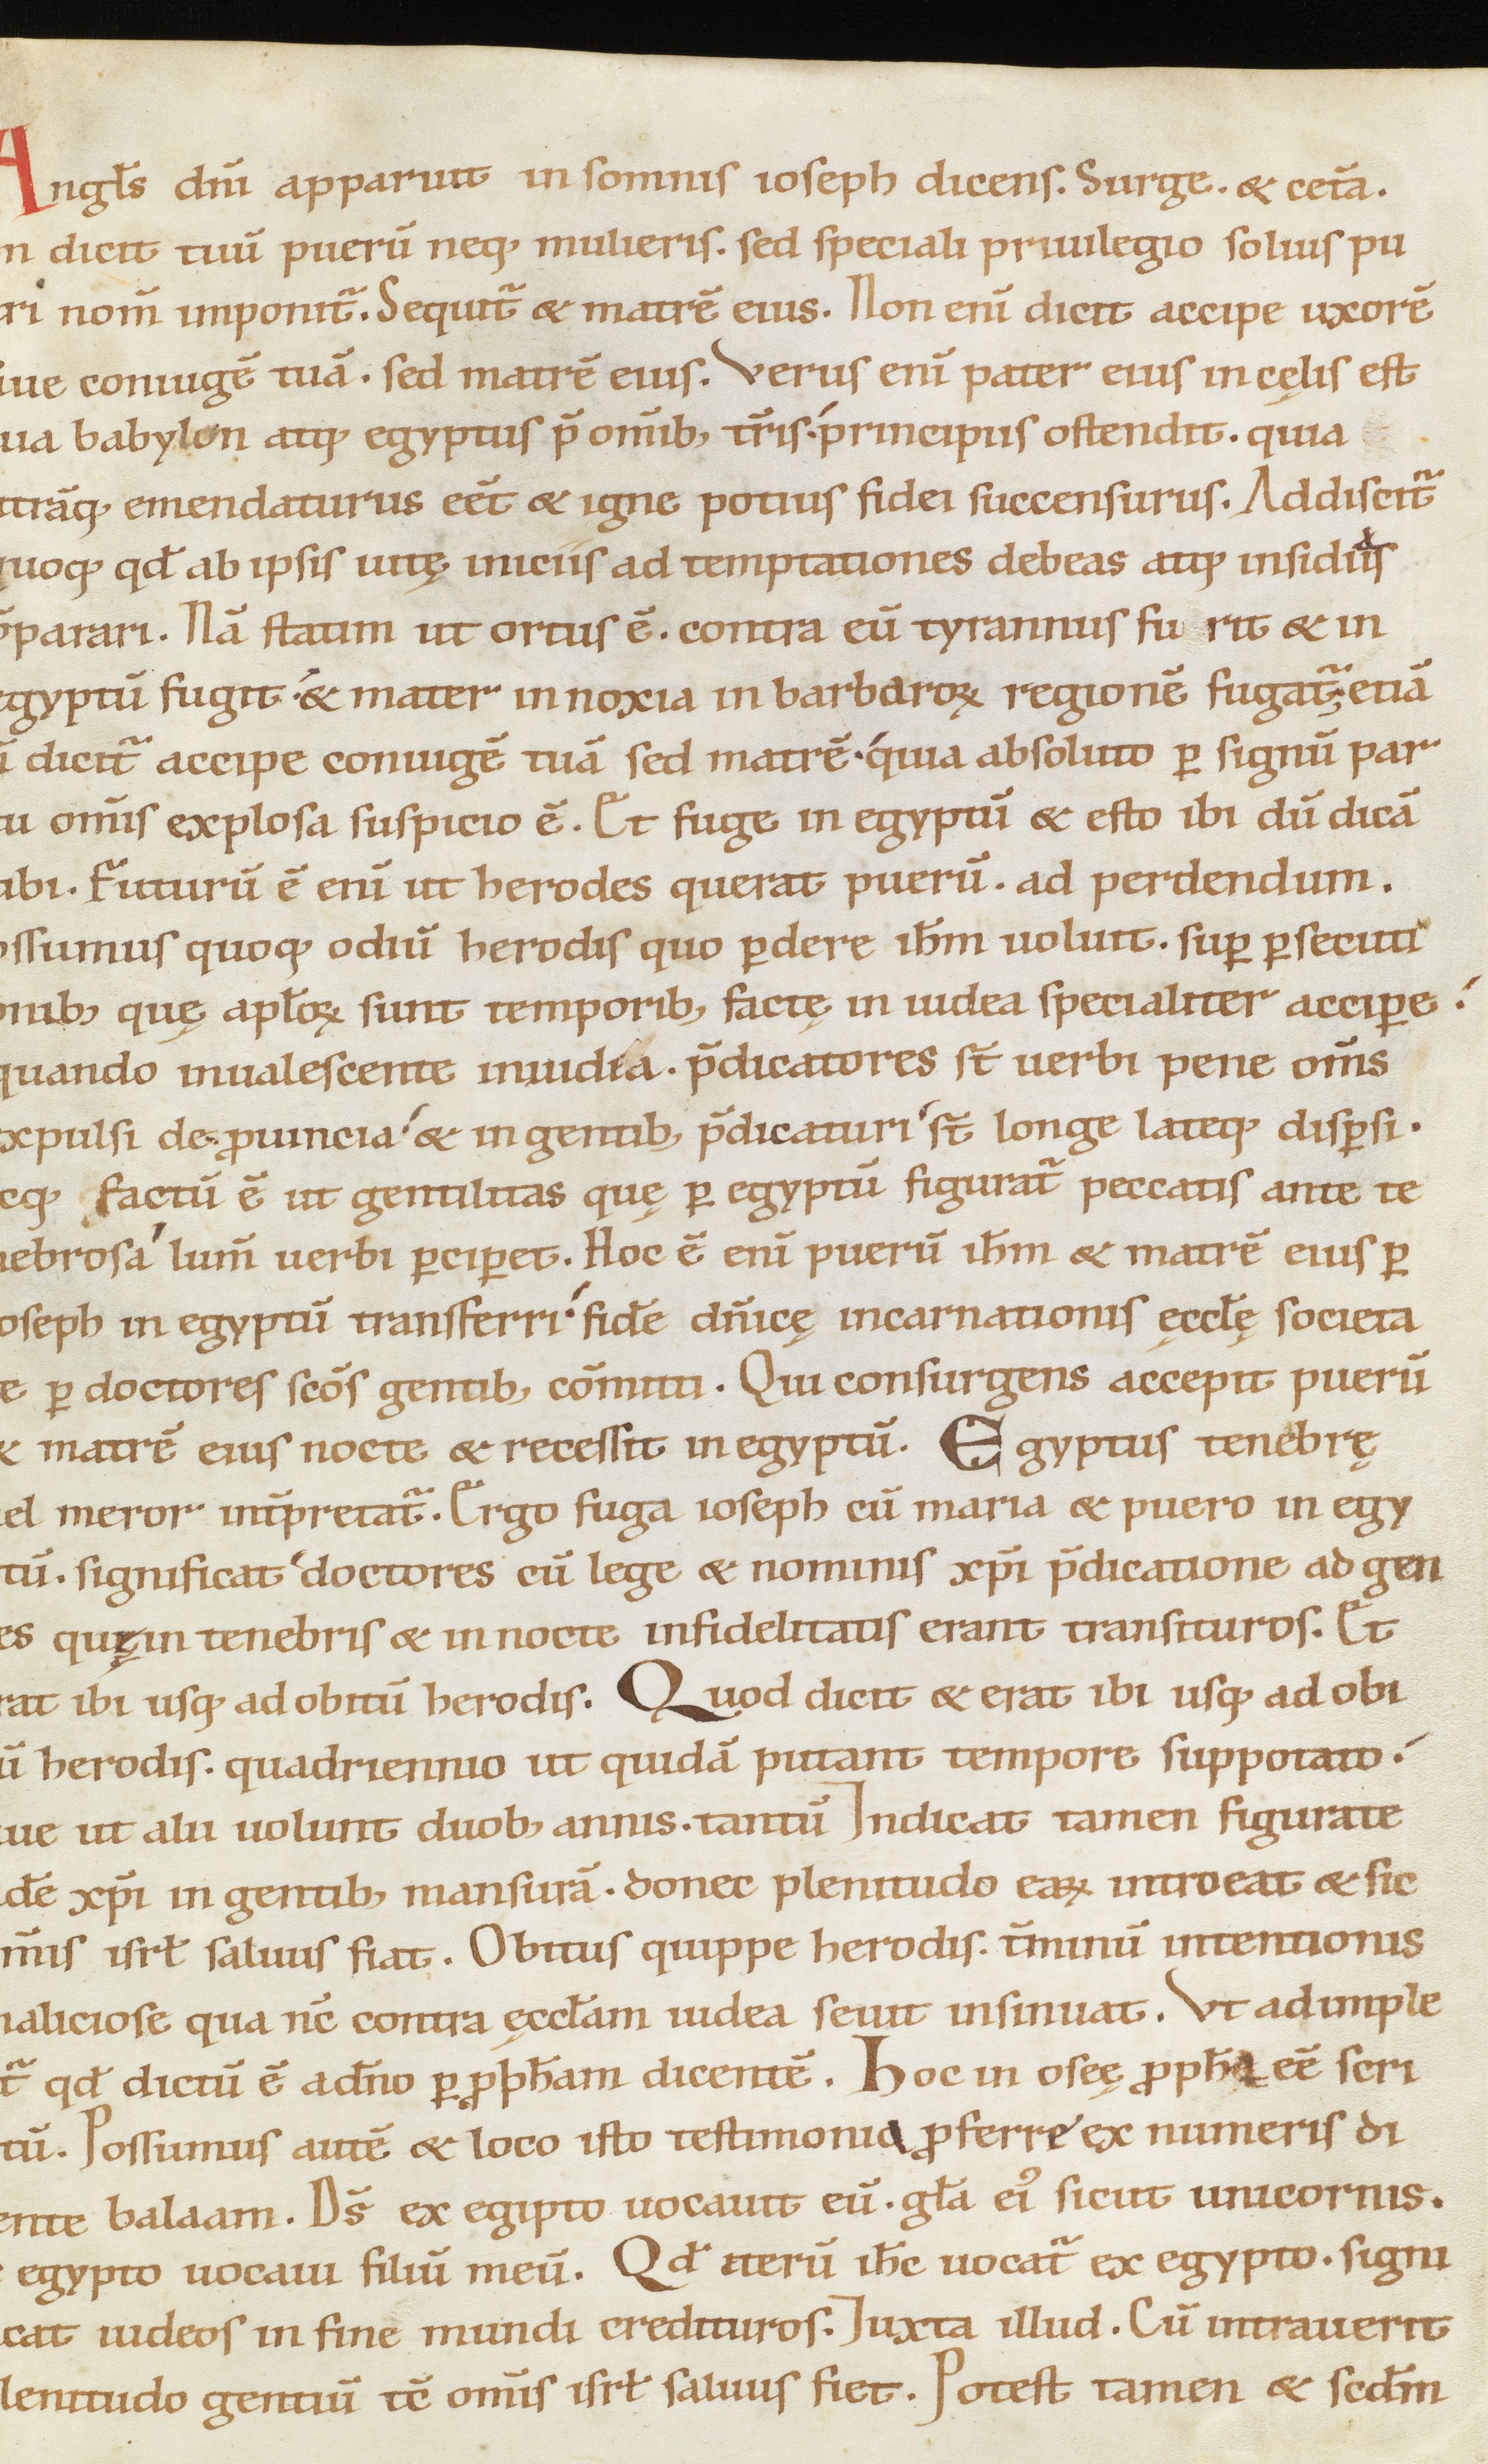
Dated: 1100–1199